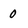
Character: 0